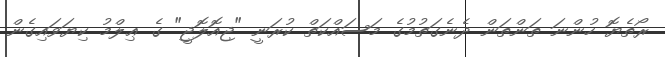
ރޯތެޔޮ ހުންނަ ތަންތަން ދެނެގަތުމުގެ މަސައްކަތް ކުރަނީ "ޖިއޮލޮޖީ" ގެ ޢިލްމު ކިޔަވައިގެން